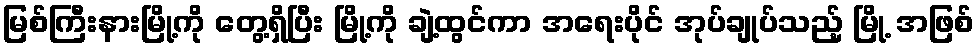
မြစ်ကြီးနားမြို့ကို တွေ့ရှိပြီး မြို့ကို ချဲ့ထွင်ကာ အရေးပိုင် အုပ်ချုပ်သည့် မြို့ အဖြစ်